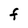
Character: F